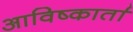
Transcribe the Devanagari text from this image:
आविष्कार्ता